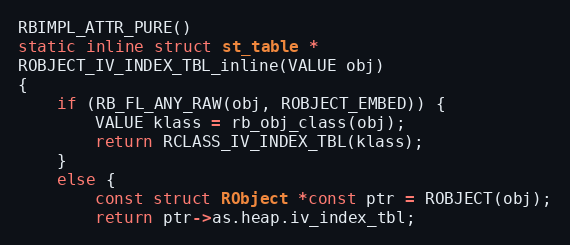
Language: C
RBIMPL_ATTR_PURE()
static inline struct st_table *
ROBJECT_IV_INDEX_TBL_inline(VALUE obj)
{
    if (RB_FL_ANY_RAW(obj, ROBJECT_EMBED)) {
        VALUE klass = rb_obj_class(obj);
        return RCLASS_IV_INDEX_TBL(klass);
    }
    else {
        const struct RObject *const ptr = ROBJECT(obj);
        return ptr->as.heap.iv_index_tbl;